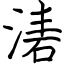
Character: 湱